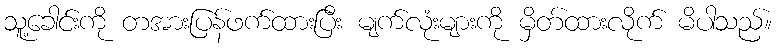
သူ့ခေါင်းကို တအားပြန်ဖက်ထားပြီး မျက်လုံးများကို မှိတ်ထားလိုက် မိပါသည်။